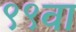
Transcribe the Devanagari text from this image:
९९वा